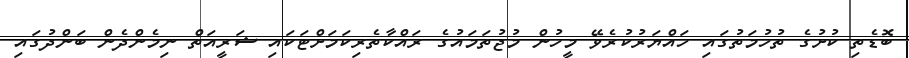
ބޮޑެތި ކުށުގެ ތުހުމަތުގައި ހައްޔަރުކުރެވޭ މީހުން މުޖުތަމައުގެ ރައްކާތެރިކަމަށްޓަކައި ޝަރީއަތް ނިމެންދެން ބަންދުގައި